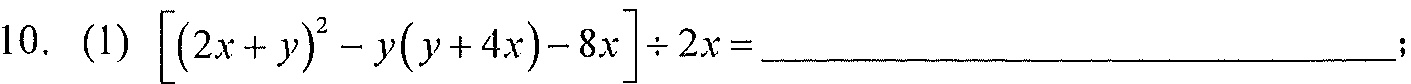
10. (1) \(\left[(2x + y)^{2}-y(y + 4x)-8x\right]\div2x=\underline{\quad\quad}\);